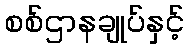
စစ်ဌာနချုပ်နှင့်